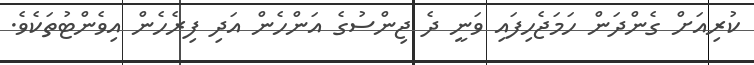
ކުރިއަށް ގެންދަން ހަމަޖެހިފައި ވަނީ ދެ ޖިންސުގެ އަންހެން އަދި ފިރެހެން އިވެންޓުތަކެވެ.